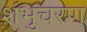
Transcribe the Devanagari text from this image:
शंभुचरण